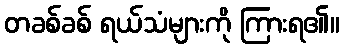
တခစ်ခစ် ရယ်သံများကို ကြားရ၏။